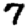
Digit: 7